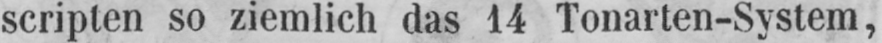
scripten so ziemlich das 14 Tonarten-System,